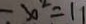
- x ^ { 2 } = 1 1